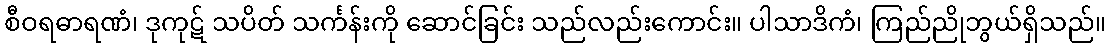
စီဝရဓာရဏံ၊ ဒုကုဋ် သပိတ် သင်္ကန်းကို ဆောင်ခြင်း သည်လည်းကောင်း။ ပါသာဒိကံ၊ ကြည်ညိုဘွယ်ရှိသည်။